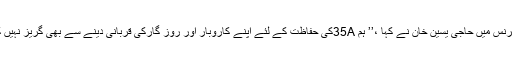
پریس کانفرنس میں حاجی یٰسین خان نے کہا ،’’ ہم 35Aکی حفاظت کے لئے اپنے کاروبار اور روز گارکی قربانی دینے سے بھی گریز نہیں کریں گے۔